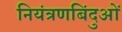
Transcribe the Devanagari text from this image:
नियंत्रणबिंदुओं